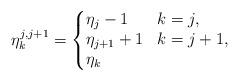
LaTeX: \begin{align*}\eta^{ j , j + 1 }_k =\begin{cases}\begin{aligned}& \eta_j -1 && k= j , \\& \eta_{ j + 1} + 1 && k= j + 1 , \\& \eta_k &&\end{aligned}\end{cases}\end{align*}